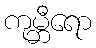
ကုမ္ဘီရော